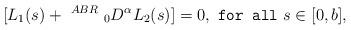
LaTeX: \begin{align*}[L_1(s) + ~^{ABR}~_{0}D^\alpha L_2(s)] =0,~\texttt{for all}~ s \in [0,b],\end{align*}